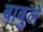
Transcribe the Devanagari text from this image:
बाबुले